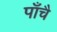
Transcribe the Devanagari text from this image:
पाँचै